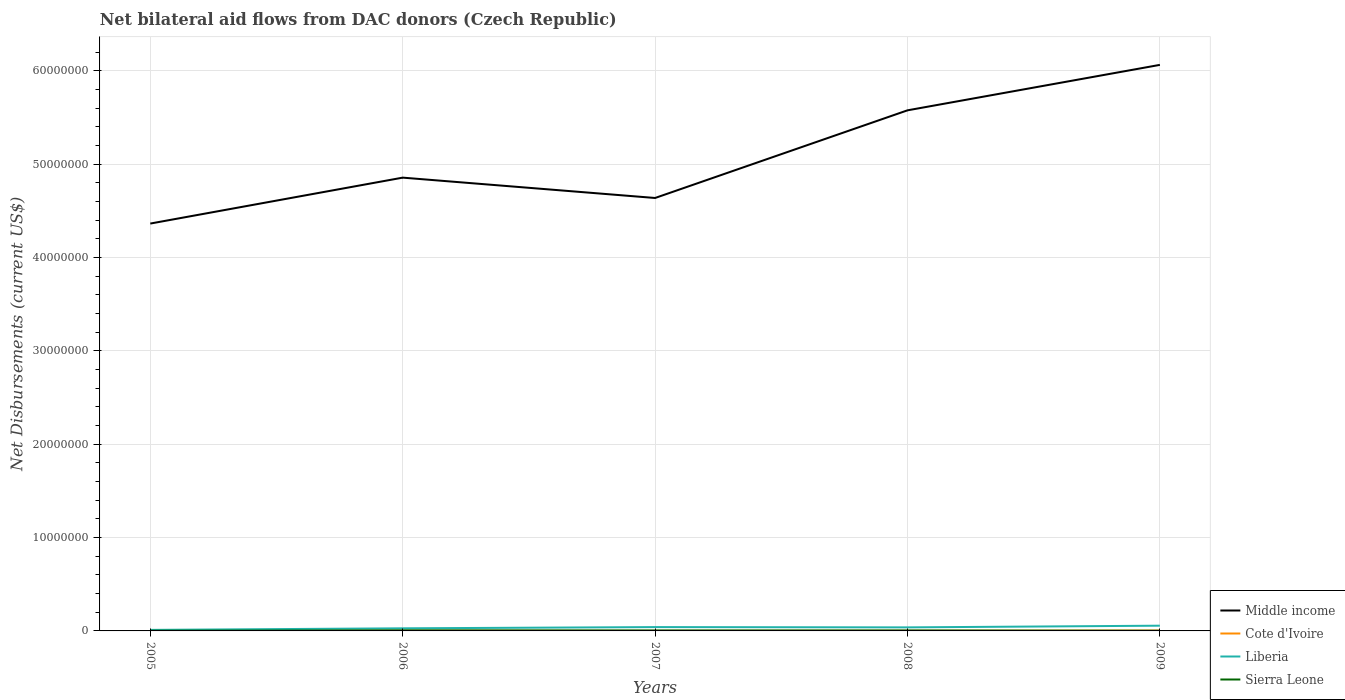
| Years | Middle income | Cote d'Ivoire | Liberia | Sierra Leone |
 | --- | --- | --- | --- | --- |
 | 2005 | 4.36e+07 | 6e+04 | 1.1e+05 | 2e+04 |
 | 2006 | 4.86e+07 | 3e+04 | 2.8e+05 | 6e+04 |
 | 2007 | 4.64e+07 | 1e+04 | 4.1e+05 | 5e+04 |
 | 2008 | 5.58e+07 | 2e+04 | 3.8e+05 | 5e+04 |
 | 2009 | 6.06e+07 | 4e+04 | 5.6e+05 | 2e+04 |